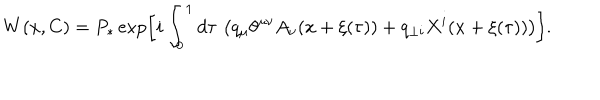
W ( x , C ) = P _ { \ast } \exp \left[ i \int _ { 0 } ^ { 1 } d \tau \, \left( q _ { \mu } \theta ^ { \mu \nu } A _ { \nu } ( x + \xi ( \tau ) ) + q _ { \perp i } X ^ { i } ( x + \xi ( \tau ) ) \right) \right] .